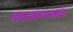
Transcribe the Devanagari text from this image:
महासागरआहेत